Indian journal of veterinary science and animal husbandry - Volume 11,
Year: 1941
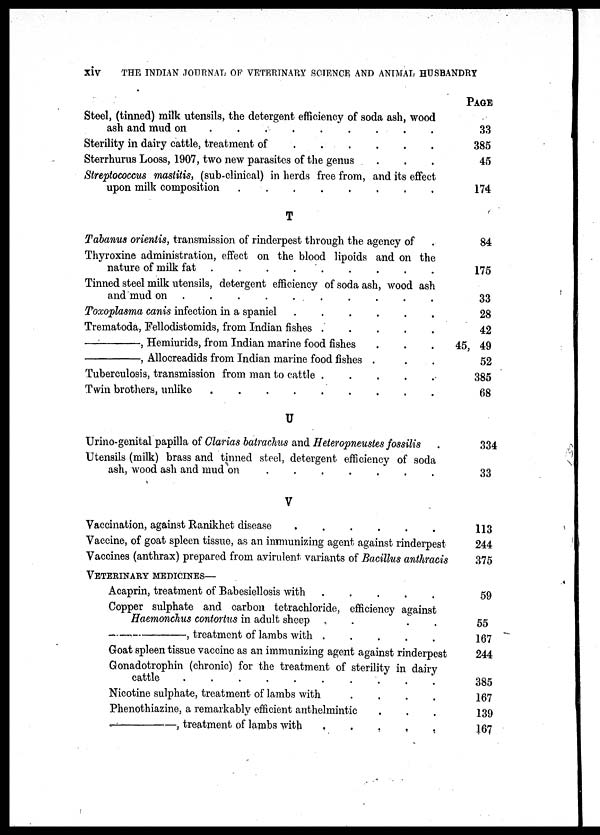
xiv
THE INDIAN JOURNAL OF VETERINARY SCIENCE AND ANIMAL HUSBANDRY
Steel, (tinned) milk utensils, the detergent efficiency of soda ash, wood
ash and mud on
.
.
.
.
.
.
.
.
Sterility in dairy cattle, treatment of . . . . . .
Sterrhurus Looss, 1907, two new parasites of the genus . . .
Streptococcus mastitis, (sub-clinical) in herds free from, and its effect
upon milk composition
.
.
.
.
.
.
.
.
T
Tabanus orientis, transmission of rinderpest through the agency of .
Thyroxine administration, effect on the blood lipoids and on the
nature of milk fat
.
.
.
.
.
.
.
.
Tinned steel milk utensils, detergent efficiency of soda ash, wood ash
and mud on . . . . . . . .
Toxoplasma canis infection in a spaniel . . . . . .
Trematoda, Fellodistomids, from Indian fishes . . . . . .
—,
Hemiurids, from Indian marine food fishes . . .
—,
Allocreadids from Indian marine food fishes . . .
Tuberculosis, transmission from man to cattle . . . . .
Twin brothers, unlike
.
.
.
.
.
.
.
.
U
Urino-genital papilla of Clarias batrachus and Heteropneustes fossilis .
Utensils (milk) brass and tinned steel, detergent efficiency of soda
ash, wood ash and mud on
.
.
.
.
.
.
.
.
V
Vaccination, against Ranikhet disease . . . . . .
Vaccine, of goat spleen tissue, as an immunizing agent against rinderpest
Vaccines (anthrax) prepared from avirulent variants of Bacillus anthracis
VETERINARY MEDICINES—
Acaprin, treatment of Babesiellosis with . . . . . .
Copper sulphate and carbon tetrachloride, efficiency against
Haemonchus contortus in adult sheep . . . . . .
—,
treatment of lambs with . . . . . .
Goat spleen tissue vaccine as an immunizing agent against rinderpest
Gonadotrophin (chronic) for the treatment of sterility in dairy
cattle
.
.
.
.
.
.
.
.
.
.
Nicotine sulphate, treatment of lambs with
.
.
.
.
Phenothiazine, a remarkably efficient anthelmintic . . .
—,
treatment of lambs with . . . . .
PAGE
33
385
45
174
84
175
33
28
42
45, 49
52
385
68
334
33
113
244
375
59
55
167
244
385
167
139
167